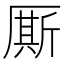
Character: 厮